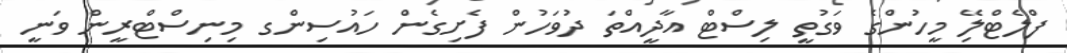
ފްލެޓްލިޭ މީހުންގެ ވަގުތީ ލިސްޓް އާދީއްތަ ދުވަހުން ފެށިގެން ހައުސިންގ މިނިސްޓްރީން ވަނީ